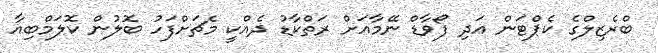
ބްރެޒިލްގެ ކެޕްޓަން އަދި ފޯވާޑް ނޭމާއަށް ރަތްކާޑު ދެއްކީ މެޗަށްފަހު ބޮލުން ކޮލަމްބިއާ